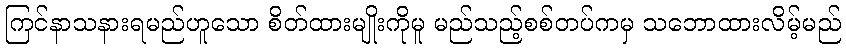
ကြင်နာသနားရမည်ဟူသော စိတ်ထားမျိုးကိုမူ မည်သည့်စစ်တပ်ကမှ သဘောထားလိမ့်မည်